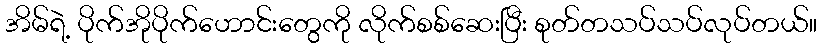
အိမ်ရဲ့ ပိုက်အိုပိုက်ဟောင်းတွေကို လိုက်စစ်ဆေးပြီး စုတ်တသပ်သပ်လုပ်တယ်။